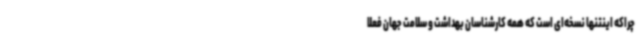
چراکه اینتنها نسخه‌ای است که همه کارشناسان بهداشت و سلامت جهان فعلا